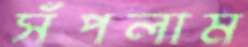
সঁপলাম